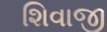
શિવાજી